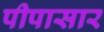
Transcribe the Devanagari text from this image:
पीपासार